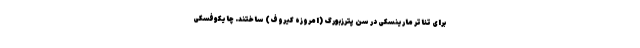
برای تئاتر مارینسکی در سن پترزبورگ (امروزه کیروف) ساختند. چایکوفسکی